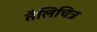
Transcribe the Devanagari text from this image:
तैलिचित्र